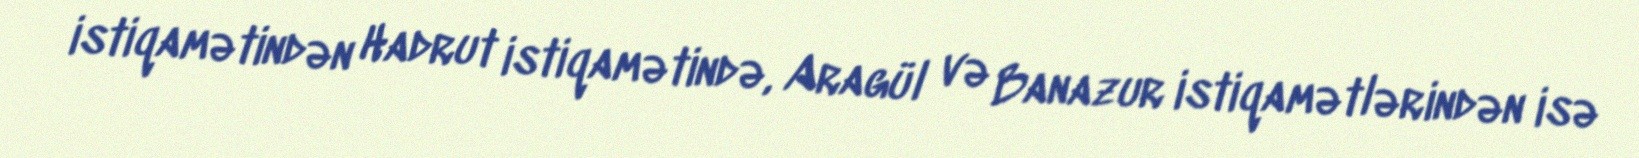
istiqamətindən Hadrut istiqamətində, Aragül və Banazur istiqamətlərindən isə